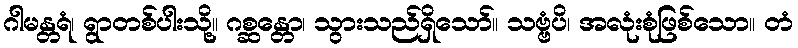
ဂါမန္တရံ၊ ရွာတစ်ပါးသို့။ ဂစ္ဆန္တော၊ သွားသည်ရှိသော်။ သဗ္ဗံပိ၊ အလုံးစုံဖြစ်သော။ တံ